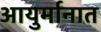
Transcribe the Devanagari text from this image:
आयुर्मानात